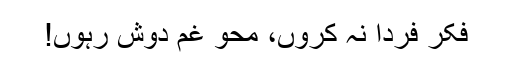
فکرِ فردا نہ کروں، محوِ غم دوش رہوں!